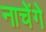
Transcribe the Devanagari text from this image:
नाचेंगे